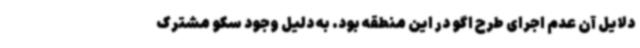
دلایل آن عدم اجرای طرح اگو در این منطقه بود. به دلیل وجود سکو مشترک